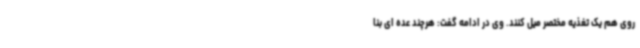
روی هم یک تغذیه مختصر میل کنند. وی در ادامه گفت: هرچند عده ای بنا